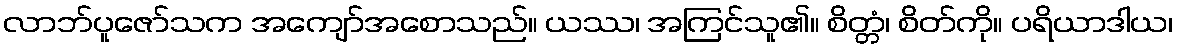
လာဘ်ပူဇော်သက အကျော်အစောသည်။ ယဿ၊ အကြင်သူ၏။ စိတ္တံ၊ စိတ်ကို။ ပရိယာဒါယ၊